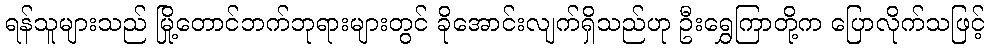
ရန်သူများသည် မြို့တောင်ဘက်ဘုရားများတွင် ခိုအောင်းလျက်ရှိသည်ဟု ဦးရွှေကြာတို့က ပြောလိုက်သဖြင့်